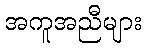
အကူအညီများ